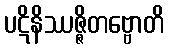
ပဋိနိဿဇ္ဇိတဗ္ဗောတိ